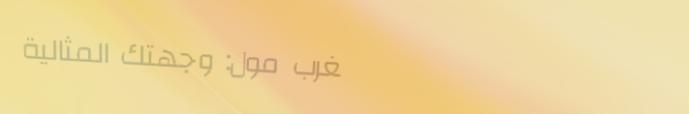
مغرب مول: وجهتك المثالية